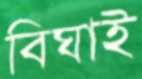
বিঘাই